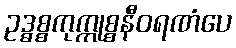
ဥဒ္ဓစ္စကုက္ကုစ္စနီဝရဏံပေ